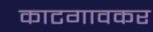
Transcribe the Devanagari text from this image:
काटगावकर